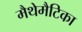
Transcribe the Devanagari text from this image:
मैथेमैटिका